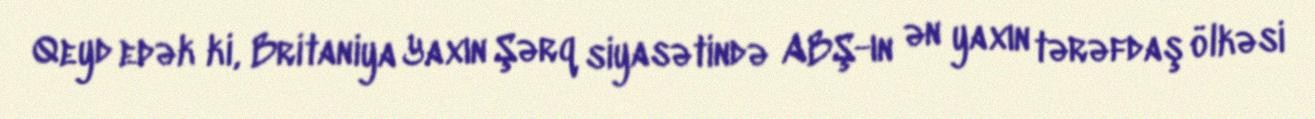
Qeyd edək ki, Britaniya Yaxın Şərq siyasətində ABŞ-ın ən yaxın tərəfdaş ölkəsi